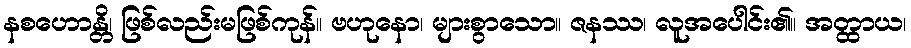
နစဟောန္တိ၊ ဖြစ်လည်းမဖြစ်ကုန်။ ဗဟုနော၊ များစွာသော။ ဇနဿ၊ လူအပေါင်း၏။ အတ္ထာယ၊